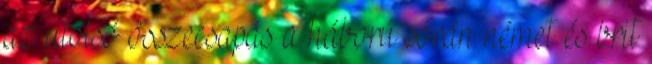
az utolsó összecsapás a háború során német és brit